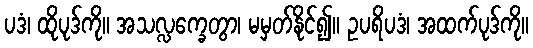
ပဒံ၊ ထိုပုဒ်ကို။ အသလ္လက္ခေတွာ၊ မမှတ်နိုင်၍။ ဥပရိပဒံ၊ အထက်ပုဒ်ကို။